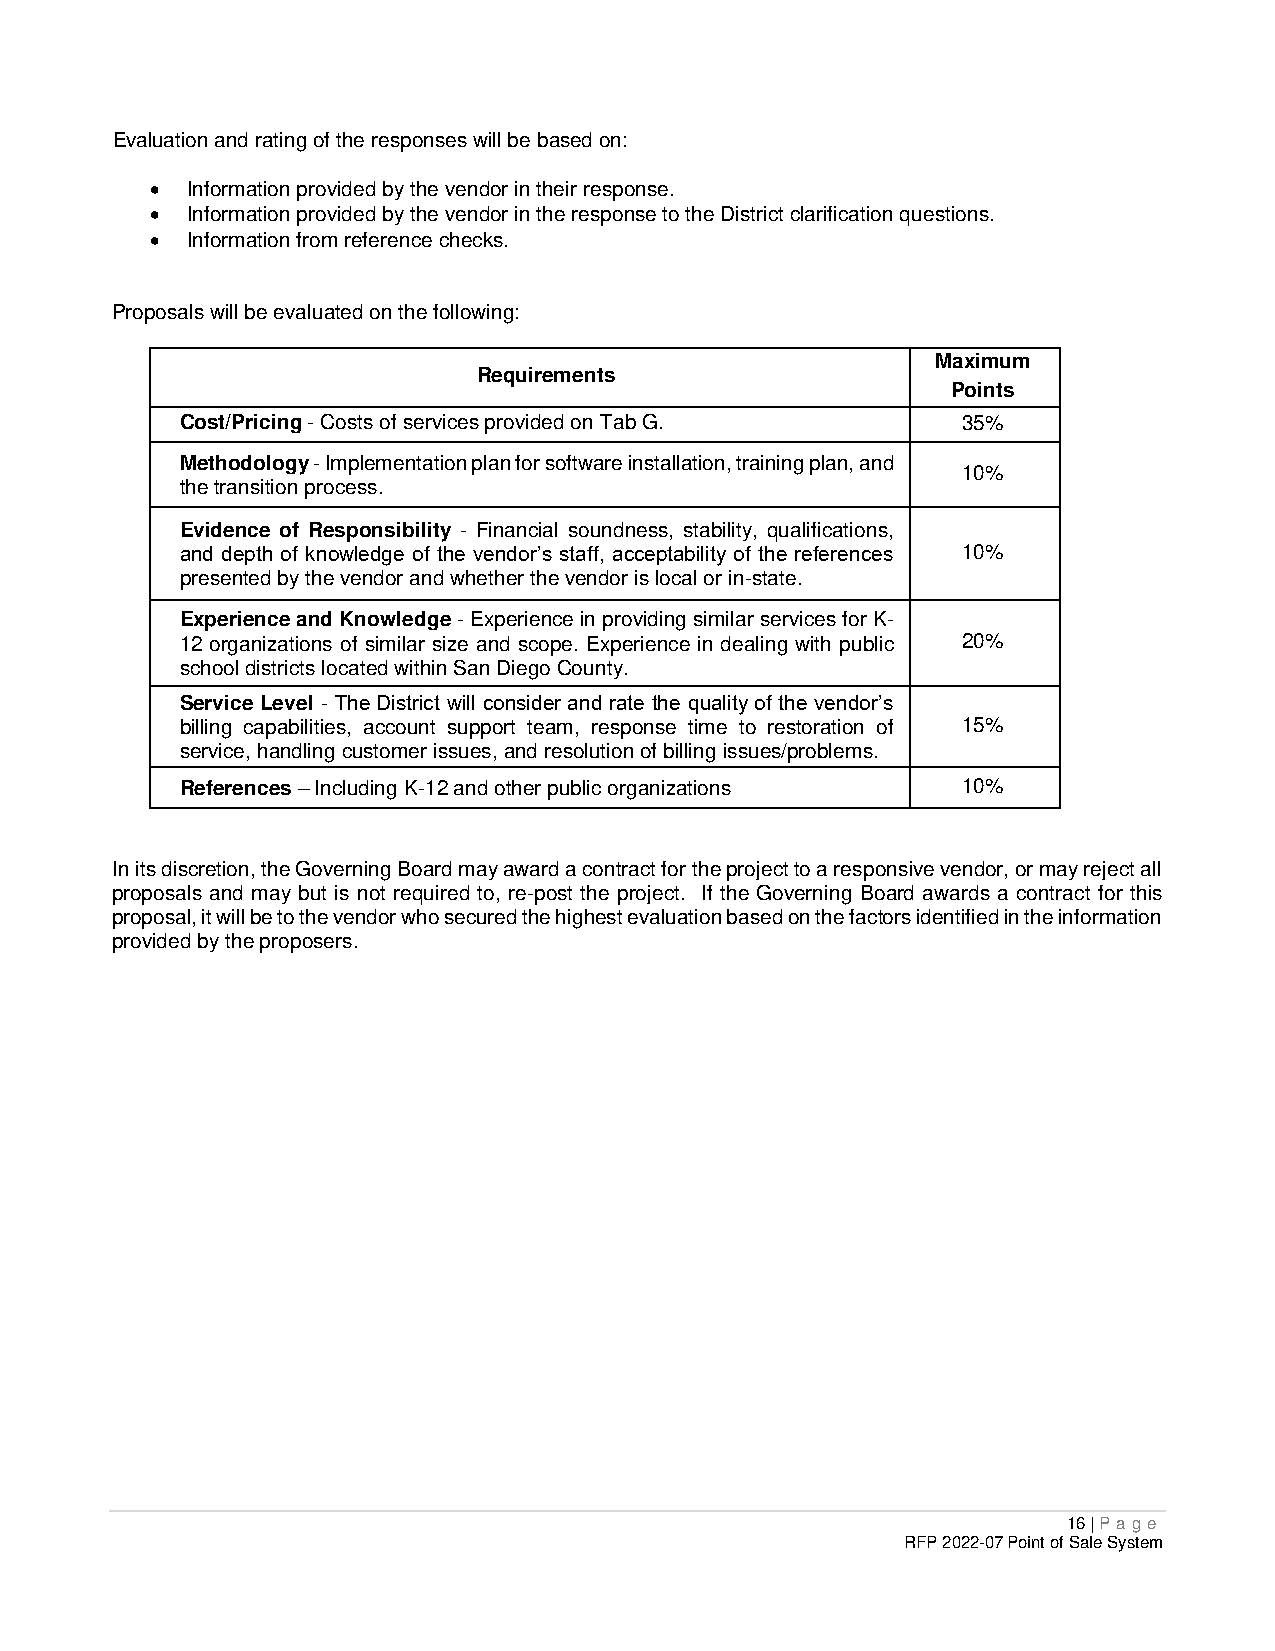
Evaluation and rating of the responses will be based on:
  Information provided by the vendor in their response.
  Information provided by the vendor in the response to the District clarification questions.
  Information from reference checks.
 Proposals will be evaluated on the following:
 Maximum
 Requirements
 Points
 Cost/Pricing - Costs of services provided on Tab G. 35%
 Methodology - Implementation plan for software installation, training plan, and
 10%
 the transition process.
 Evidence of Responsibility - Financial soundness, stability, qualifications,
 and depth of knowledge of the vendor’s staff, acceptability of the references 10%
 presented by the vendor and whether the vendor is local or in-state.
 Experience and Knowledge - Experience in providing similar services for K-
 12 organizations of similar size and scope. Experience in dealing with public 20%
 school districts located within San Diego County.
 Service Level - The District will consider and rate the quality of the vendor’s
 billing capabilities, account support team, response time to restoration of 15%
 service, handling customer issues, and resolution of billing issues/problems.
 References – Including K-12 and other public organizations 10%
 In its discretion, the Governing Board may award a contract for the project to a responsive vendor, or may reject all
 proposals and may but is not required to, re-post the project. If the Governing Board awards a contract for this
 proposal, it will be to the vendor who secured the highest evaluation based on the factors identified in the information
 provided by the proposers.
 16 | P age
 RFP 2022-07 Point of Sale System